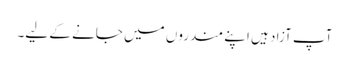
آپ آزاد ہیں اپنے مندروں میں جانے کے لیے۔